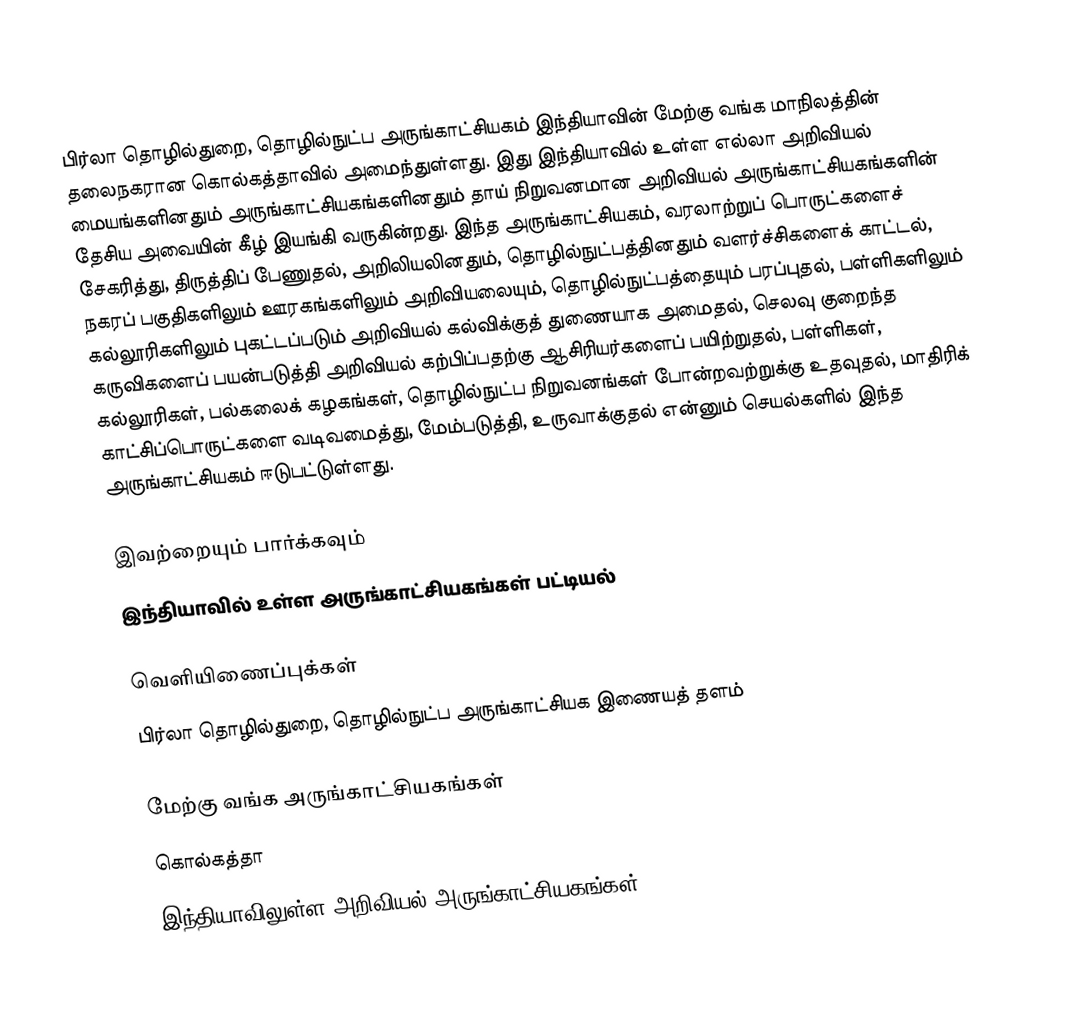
பிர்லா தொழில்துறை, தொழில்நுட்ப அருங்காட்சியகம் இந்தியாவின் மேற்கு வங்க மாநிலத்தின் தலைநகரான கொல்கத்தாவில் அமைந்துள்ளது. இது இந்தியாவில் உள்ள எல்லா அறிவியல் மையங்களினதும் அருங்காட்சியகங்களினதும் தாய் நிறுவனமான அறிவியல் அருங்காட்சியகங்களின் தேசிய அவையின் கீழ் இயங்கி வருகின்றது. இந்த அருங்காட்சியகம், வரலாற்றுப் பொருட்களைச் சேகரித்து, திருத்திப் பேணுதல், அறிலியலினதும், தொழில்நுட்பத்தினதும் வளர்ச்சிகளைக் காட்டல், நகரப் பகுதிகளிலும் ஊரகங்களிலும் அறிவியலையும், தொழில்நுட்பத்தையும் பரப்புதல், பள்ளிகளிலும் கல்லூரிகளிலும் புகட்டப்படும் அறிவியல் கல்விக்குத் துணையாக அமைதல், செலவு குறைந்த கருவிகளைப் பயன்படுத்தி அறிவியல் கற்பிப்பதற்கு ஆசிரியர்களைப் பயிற்றுதல், பள்ளிகள், கல்லூரிகள், பல்கலைக் கழகங்கள், தொழில்நுட்ப நிறுவனங்கள் போன்றவற்றுக்கு உதவுதல், மாதிரிக் காட்சிப்பொருட்களை வடிவமைத்து, மேம்படுத்தி, உருவாக்குதல் என்னும் செயல்களில் இந்த அருங்காட்சியகம் ஈடுபட்டுள்ளது.

இவற்றையும் பார்க்கவும்
 இந்தியாவில் உள்ள அருங்காட்சியகங்கள் பட்டியல்

வெளியிணைப்புக்கள்
 பிர்லா தொழில்துறை, தொழில்நுட்ப அருங்காட்சியக இணையத் தளம்

மேற்கு வங்க அருங்காட்சியகங்கள்
கொல்கத்தா
இந்தியாவிலுள்ள அறிவியல் அருங்காட்சியகங்கள்